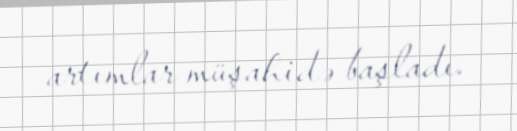
artımlar müşahidə başladı.